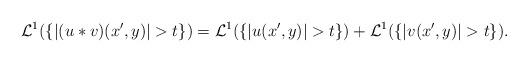
LaTeX: \begin{align*} \mathcal{L}^1(\{|(u \ast v)(x', y)| >t\})=\mathcal{L}^1(\{|u(x', y)| >t\})+ \mathcal{L}^1(\{|v(x', y)| >t\}).\end{align*}